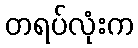
တရပ်လုံးက